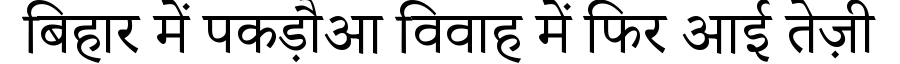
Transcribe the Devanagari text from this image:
बिहार में पकड़ौआ विवाह में फिर आई तेज़ी